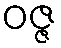
ဝဇ္ဇ